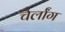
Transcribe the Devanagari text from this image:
चैर्लांग